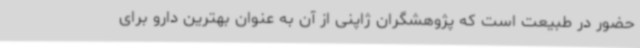
حضور در طبیعت است که پژوهشگران ژاپنی از آن به عنوان بهترین دارو برای